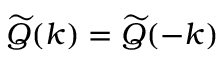
\widetilde { Q } ( \boldsymbol { k } ) = \widetilde { Q } ( - \boldsymbol { k } )